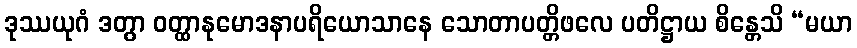
ဒုဿယုဂံ ဒတွာ ဝတ္ထာနုမောဒနာပရိယောသာနေ သောတာပတ္တိဖလေ ပတိဋ္ဌာယ စိန္တေသိ “မယာ